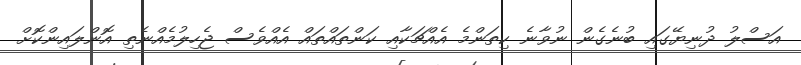
އަސްލު ދުނިޔޭގައި ބުނެގެން ނުވާނެ ކިތަންމެ އެއްޗަކާއި ކަންތައްތައް އެއްވެސް ޖެހިލުމެއްނެތި އޮންލައިންކޮށް